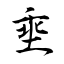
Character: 埀